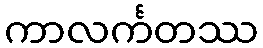
ကာလင်္ကတဿ